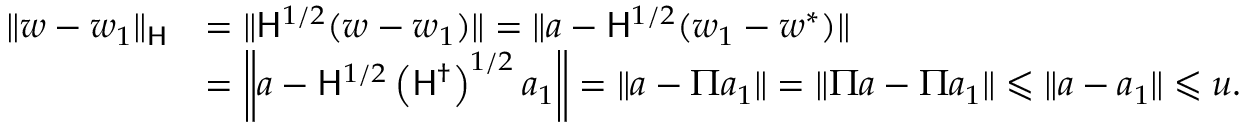
\begin{array} { r l } { \| w - w _ { 1 } \| _ { \mathsf H } } & { = \| \mathsf H ^ { 1 / 2 } ( w - w _ { 1 } ) \| = \| a - \mathsf H ^ { 1 / 2 } ( w _ { 1 } - w ^ { * } ) \| } \\ & { = \left\| a - \mathsf H ^ { 1 / 2 } \left( \mathsf H ^ { \dag } \right) ^ { 1 / 2 } a _ { 1 } \right\| = \| a - \Pi a _ { 1 } \| = \| \Pi a - \Pi a _ { 1 } \| \leqslant \| a - a _ { 1 } \| \leqslant u . } \end{array}